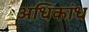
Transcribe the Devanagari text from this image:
अधिकांध